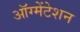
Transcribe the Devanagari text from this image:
ऑग्मेंटेशन